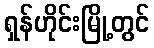
ရှန်ဟိုင်းမြို့တွင်